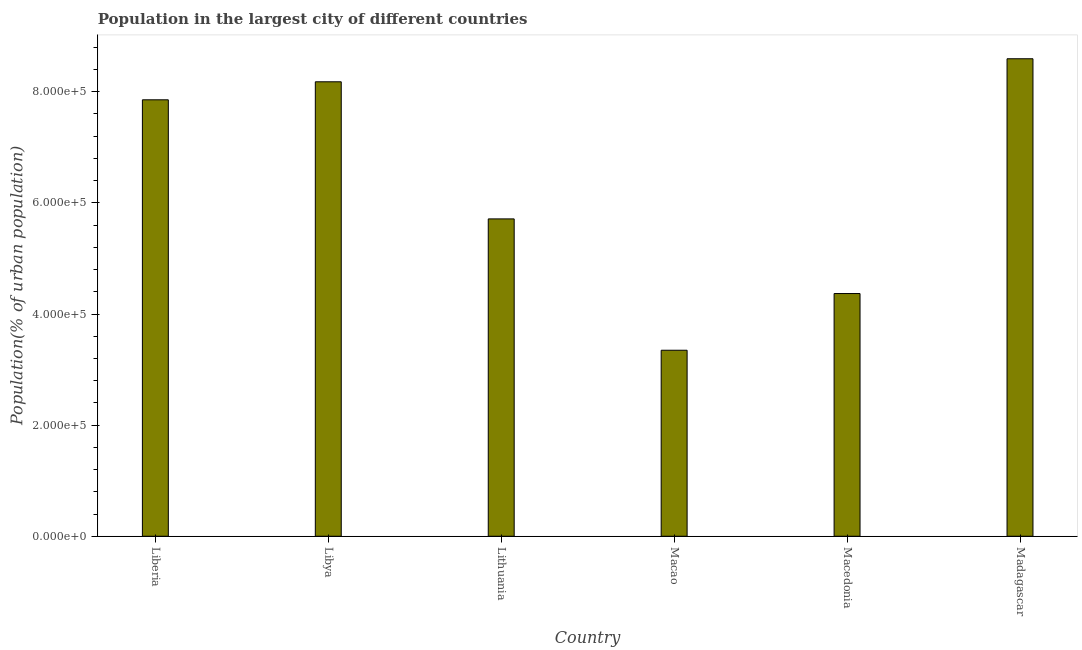
| Country | Population in largest city |
 | --- | --- |
 | Liberia | 7.86e+05 |
 | Libya | 8.18e+05 |
 | Lithuania | 5.71e+05 |
 | Macao | 3.35e+05 |
 | Macedonia | 4.37e+05 |
 | Madagascar | 8.59e+05 |